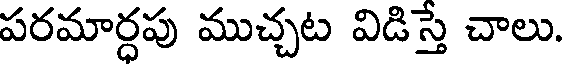
పరమార్ధపు ముచ్చట విడిస్తే చాలు.